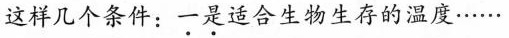
这样几个条件：一是适合生物生存的温度……